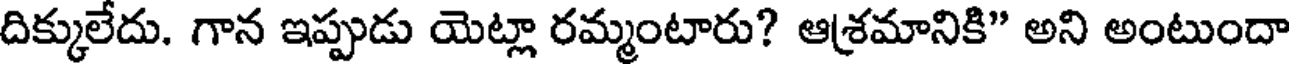
దిక్కులేదు. గాన ఇప్పుడు యెట్లా రమ్మంటారు? ఆశ్రమానికి" అని అంటుందా